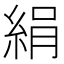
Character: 絹